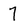
Character: 7